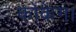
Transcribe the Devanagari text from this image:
कोकेग।